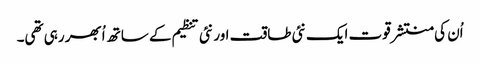
اُن کی منتشر قوت ایک نئی طاقت اور نئی تنظیم کے ساتھ اُبھر رہی تھی۔